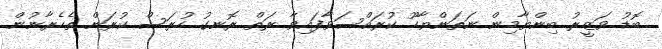
ބޮޑު ވަޒީރު ބިންޔާމިން ނަތަންޔާހޫ ކުރައްސަވާފައިވާ ރަތް ރޮނގު ހުރަސް ކުރަން ތެހެރާނުން